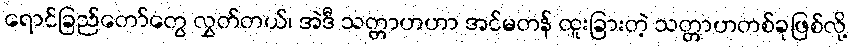
ရောင်ခြည်တော်တွေ လွှတ်တယ်၊ အဲဒီ သတ္တာဟဟာ အင်မတန် ထူးခြားတဲ့ သတ္တာဟတစ်ခုဖြစ်လို့